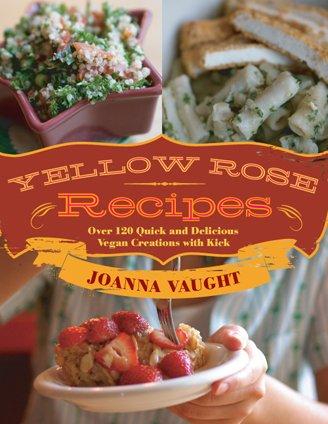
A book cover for Yellow Rose Recipes : Over 120 Quick and Delicious Vegan Creations with Kick; Joanna Vaught; Health, Fitness & Dieting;